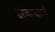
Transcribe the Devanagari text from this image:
सरंजामदाराचे